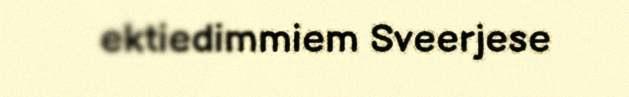
ektiedimmiem Sveerjese